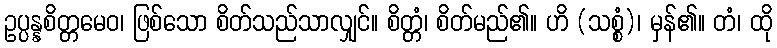
ဥပ္ပန္နစိတ္တမေဝ၊ ဖြစ်သော စိတ်သည်သာလျှင်။ စိတ္တံ၊ စိတ်မည်၏။ ဟိ (သစ္စံ)၊ မှန်၏။ တံ၊ ထို